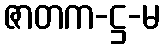
ဇာတက-ဋ္ဌ-မ